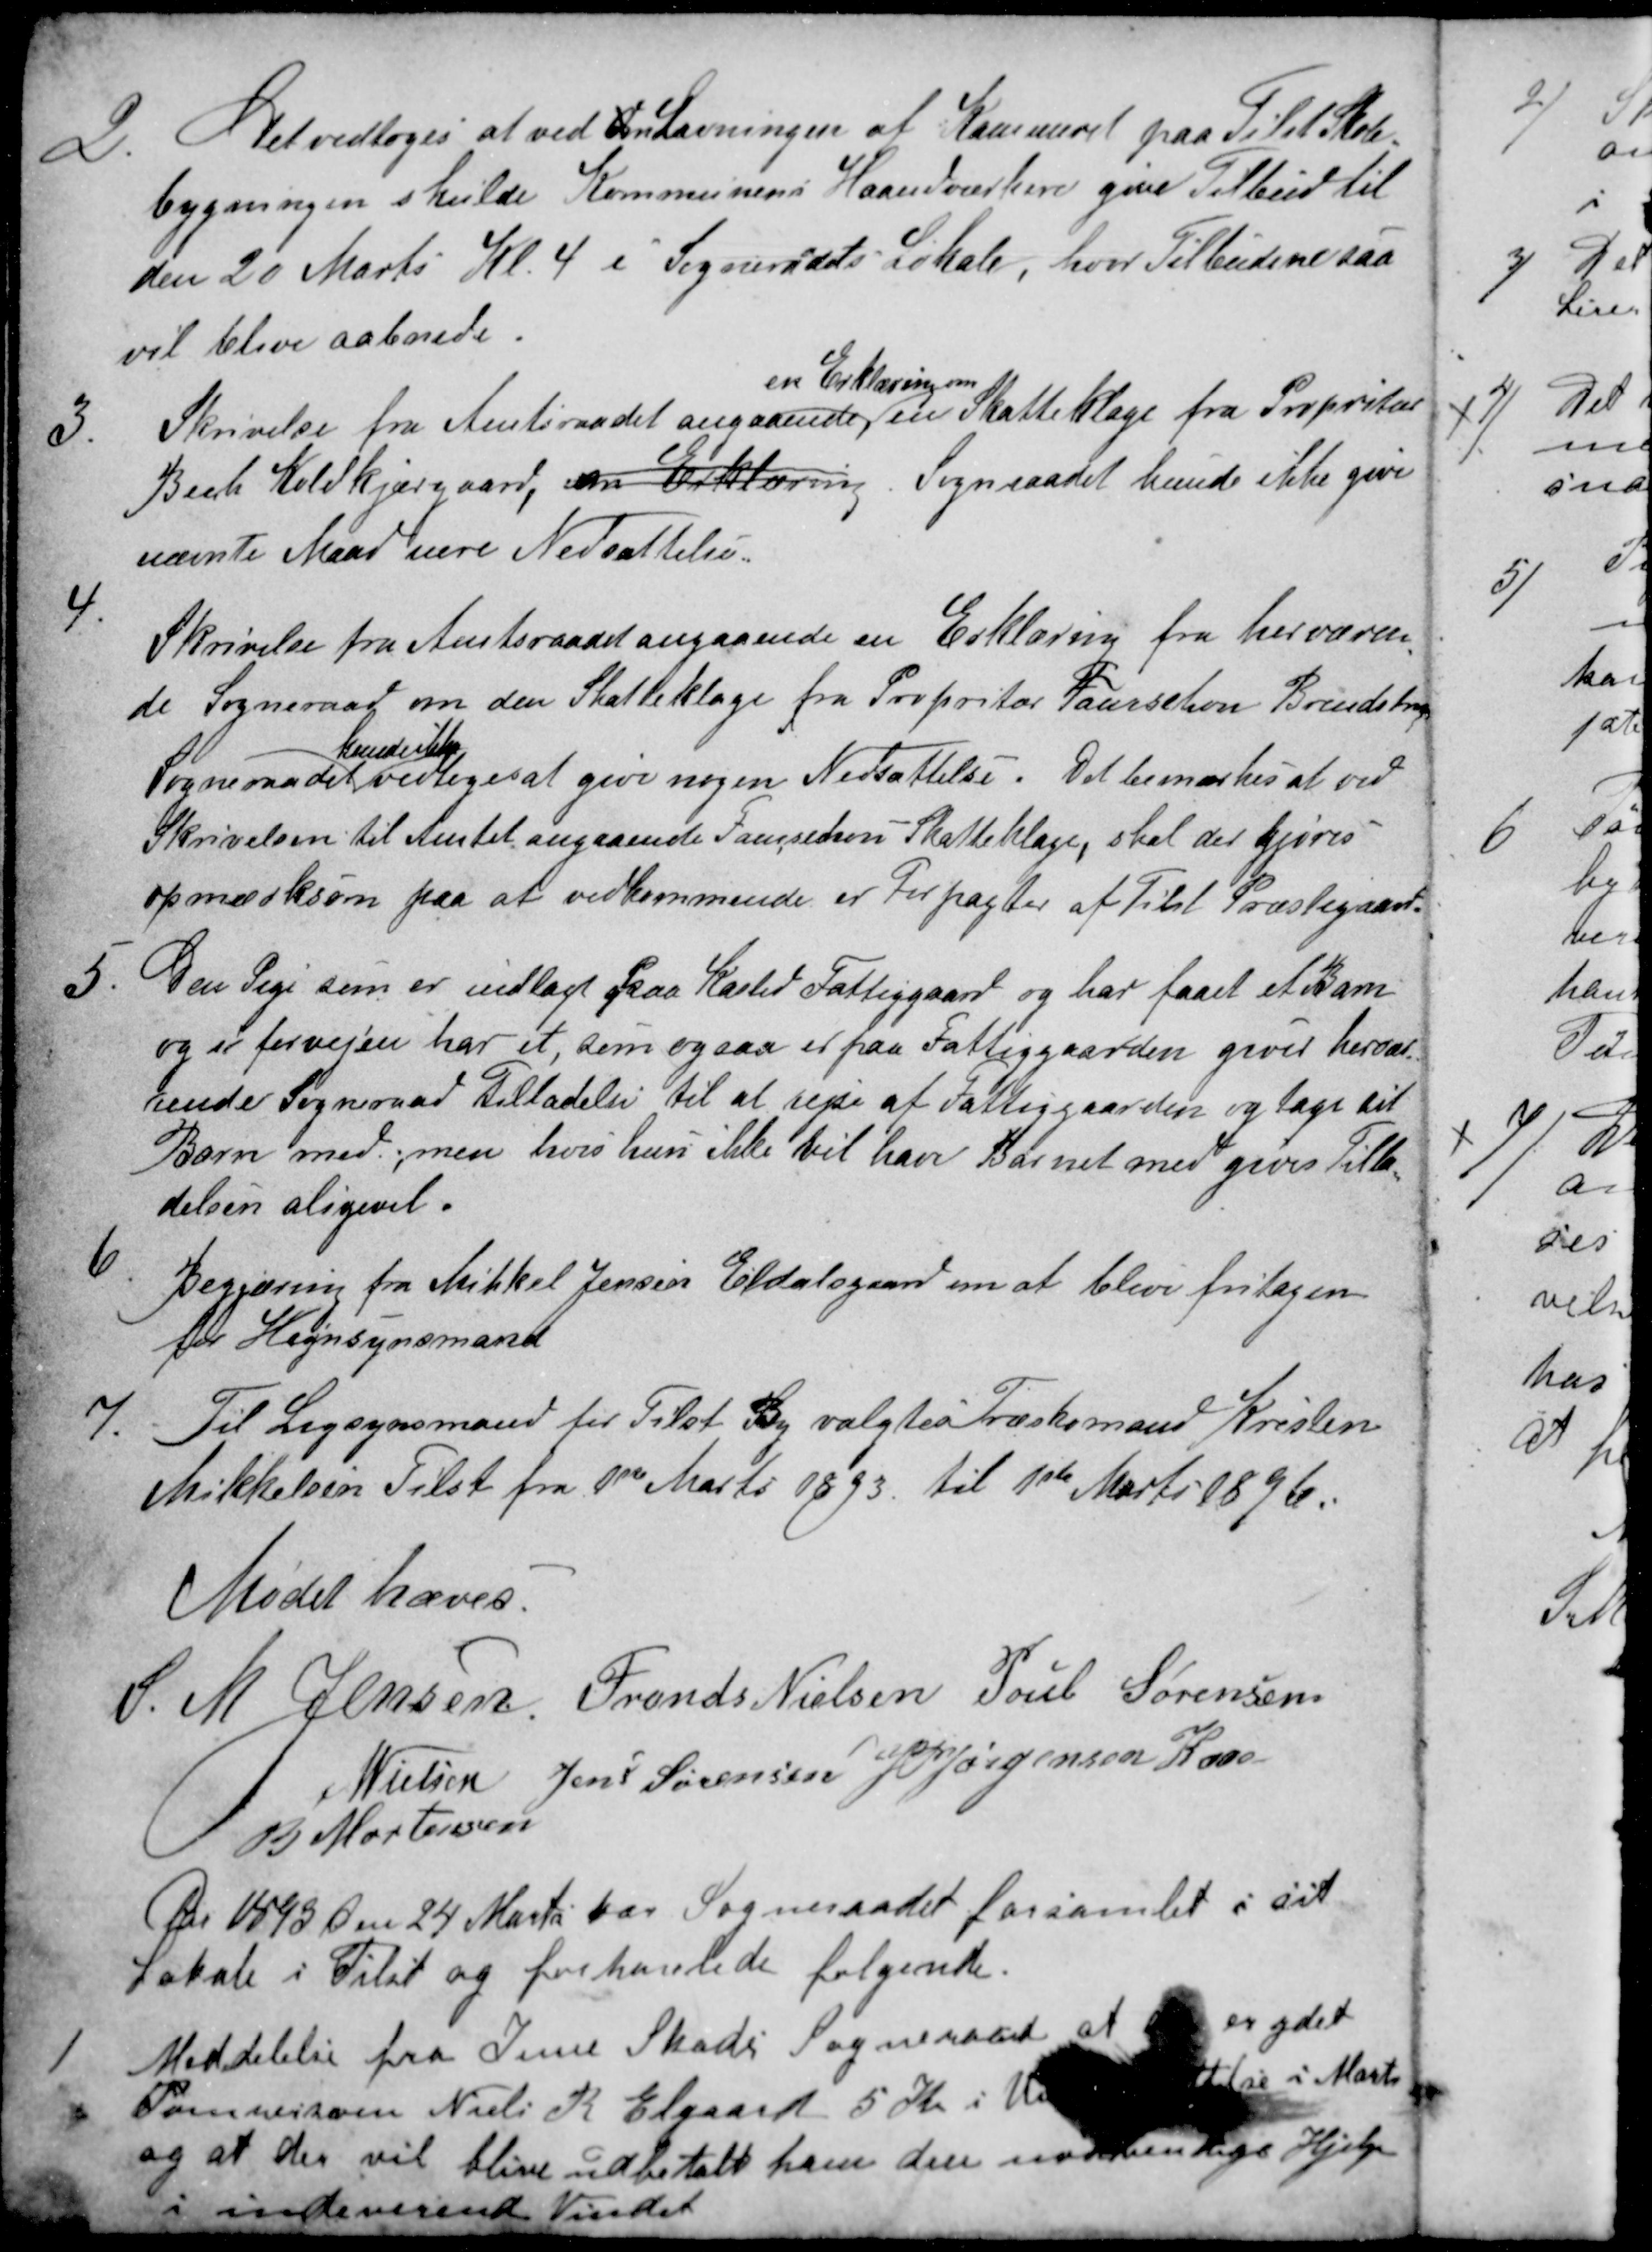
Transskription:
2.
Det vedtoges at ved An Lavningen af Kammeret paa Tilst Skole-
bygningen skulde Kommunens Haandværkere give Tilbud til
den 20 Marts Kl. 4 i Sognerådets Lokale, hvor Tilbudene saa
vil blive aabnede.
3.
Skrivelse fra Amtsraadet angaaende 
en Erklæring om
en Skatteklage fra Propritær
Bech Koldkjærgaard, en Erklæring. Sogneraadet kunde ikke give
nævnte Mand mere Nedsættelse.
4.
Skrivelse fra Amtsraadet angaaende en Erklæring fra herværen-
de Sogneraad om den Skatteklage fra Propritær Faurschou Brendstrup
Sogneraadet
kunde ikke
vedtage at give nogen Nedsættelse. Det bemærkes at ved
Skrivelsen til Amtet angaaende Faurschous Skatteklage, skal der gjøres
opmærksom paa at vedkommende er Forpagter af Tilst Præstegaard.
5.
Den Pige som er indlagt paa Kasted Fattiggaard og har faaet et Barn
og i forvejen har et, som ogsaa er paa Fattiggaarden giver hervæ-
rende Sogneraad Tilladelse til at rejse af Fattiggaarden og tage sit
Barn med, men hvis hun ikke vil have Barnet med gives Tilla-
delsen aligevel.
6.
Begjæring fra Mikkel Jensen Eldalsgaard om at blive fritagen
for Hegnsynsmand
7.
Til Ligsynsmand til Tilst By valgtes Træskomand Kristen
Mikkelsen Tilst fra 1ste Marts 1893 til 1ste Marts 1896.
Mødet hævet.
S. M. Jensen, Frands Nielsen Poul Sørensen
N Nielsen Jens Sørensen J P Jørgensen Kaae
B Mortensen
Aar 1893 den 24 Marts var Sogneraadet forsamlet i sit
Lokale i Tilst og forhanlede følgende.
1
Meddelelse fra Jerne Skads Sogneraad at der er ydet
Tømrersven Niels K Elgaard 5 Kr i Understøttelse i Marts
og at der vil blive udbetalt ham den nødvendige Hjelp
i indeverende Vinter